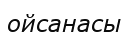
ойсанасы